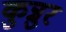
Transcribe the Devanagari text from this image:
कुन्नुर